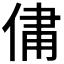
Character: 𫢻